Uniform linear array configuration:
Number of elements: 12
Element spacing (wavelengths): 0.25
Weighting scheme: binomial
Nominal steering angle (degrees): -15
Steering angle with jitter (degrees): -14.604
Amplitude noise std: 0.05
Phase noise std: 0.05

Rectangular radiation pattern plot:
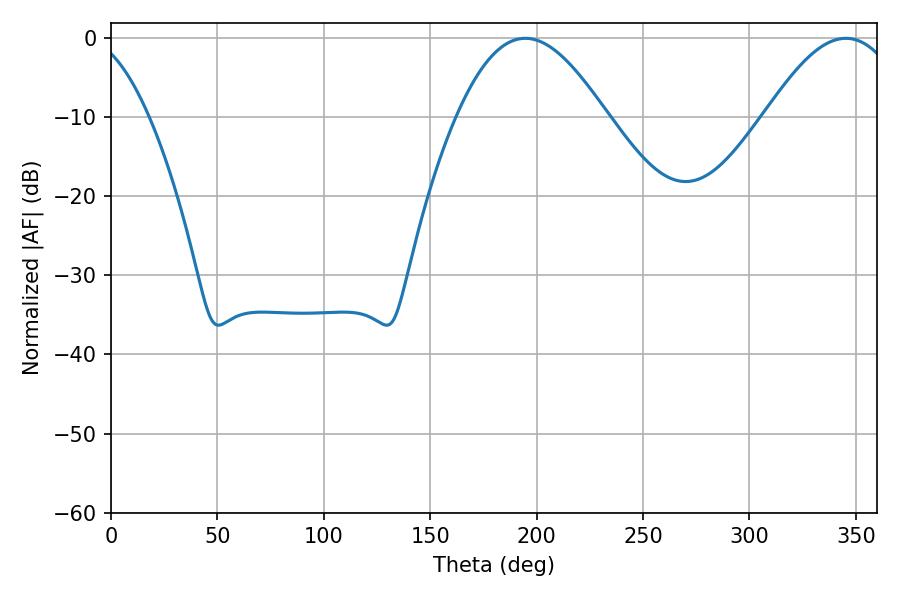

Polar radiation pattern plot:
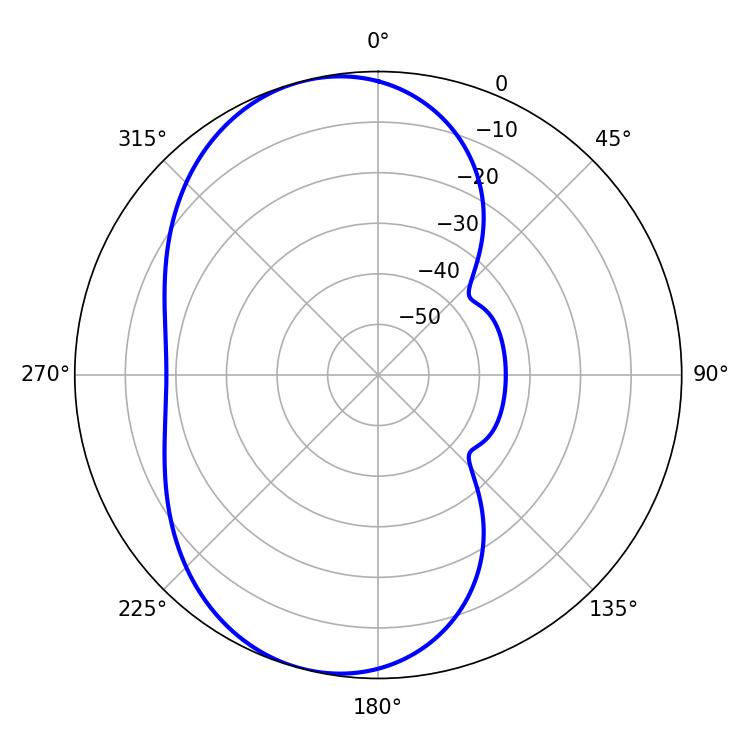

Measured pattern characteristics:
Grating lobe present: FALSE
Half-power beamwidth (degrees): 37.98
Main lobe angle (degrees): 194.76